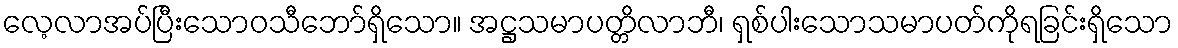
လေ့လာအပ်ပြီးသောဝသီဘော်ရှိသော။ အဋ္ဌသမာပတ္တိလာဘီ၊ ရှစ်ပါးသောသမာပတ်ကိုရခြင်းရှိသော